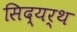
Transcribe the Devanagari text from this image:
सिद्यर्थ